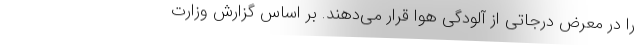
را در معرض درجاتی از آلودگی هوا قرار می‌دهند. بر اساس گزارش وزارت